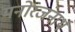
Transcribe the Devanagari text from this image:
मनोरजंनार्थ